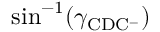
\sin ^ { - 1 } ( \gamma _ { \mathrm { C D C ^ { - } } } )